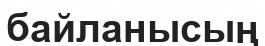
байланысың